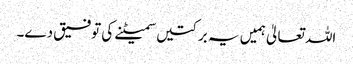
اللہ تعالیٰ ہمیں یہ برکتیں سمیٹنے کی توفیق دے۔